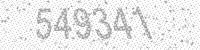
Solution: 549341